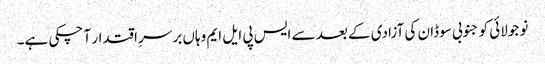
نو جولائی کو جنوبی سوڈان کی آزادی کے بعد سے ایس پی ایل ایم وہاں برسرِ اقتدار آ چکی ہے۔